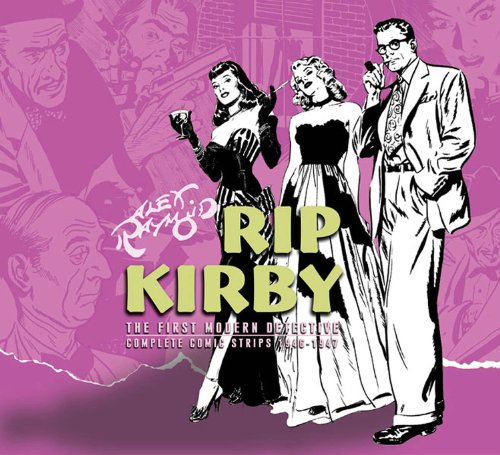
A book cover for Rip Kirby Volume 3 (Rip Kirby Hc); Alex Raymond; Humor & Entertainment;